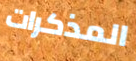
المذكرات